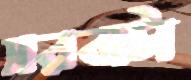
সরবাটা